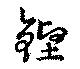
鏗